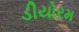
ડીયોરમ